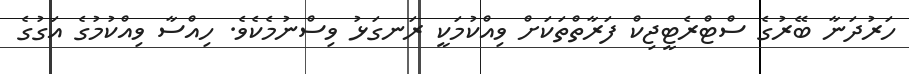
ހަރުދަނާ ބޭރުގެ ސްޓްރެޓީޖިކް ފަރާތްތަކަށް ވިއްކުމަކީ ރަނގަޅު ވިސްނުމެކެވެ. ހިއްސާ ވިއްކުމުގެ އަގުގެ